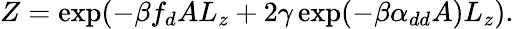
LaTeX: Z=\exp(-\beta f_{d}AL_{z}+2\gamma\exp(-\beta\alpha_{dd}A)L_{z}).